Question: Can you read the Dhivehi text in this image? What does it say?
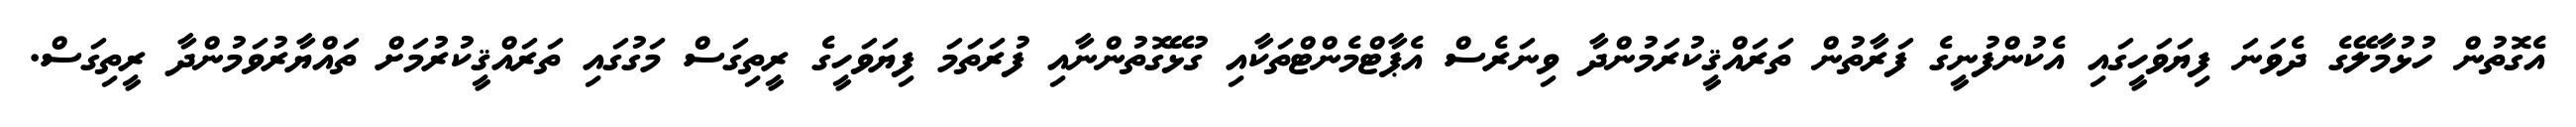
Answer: އެގޮތުން ހުޅުމާލޭގެ ދެވަނަ ފިޔަވަހީގައި އެކުންފުނީގެ ފަރާތުން ތަރައްޤީކުރަމުންދާ ވިނަރެސް އެޕާޓްމެންޓްތަކާއި ގުޅޭގޮތުންނާއި ފުރަތަމަ ފިޔަވަހީގެ ރީތިގަސް މަގުގައި ތަރައްޤީކުރުމަށް ތައްޔާރުވަމުންދާ ރީތިގަސް.